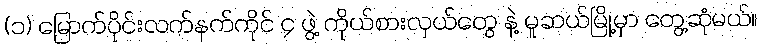
(၁) မြောက်ပိုင်းလက်နက်ကိုင် ၄ ဖွဲ့ ကိုယ်စားလှယ်တွေ နဲ့ မူဆယ်မြို့မှာ တွေ့ဆုံမယ်။